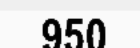
950